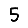
Digit: 5